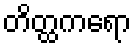
တိတ္ထကရော